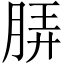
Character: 𬚼